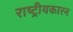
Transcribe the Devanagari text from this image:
राष्ट्रीयकारन